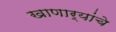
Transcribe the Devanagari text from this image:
खाणार्‍यांचे